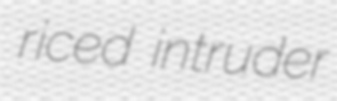
riced intruder